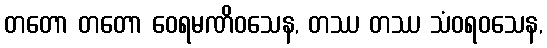
တတော တတော ဝေရမဏိဝသေန, တဿ တဿ သံဝရဝသေန,